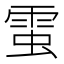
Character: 𧌙